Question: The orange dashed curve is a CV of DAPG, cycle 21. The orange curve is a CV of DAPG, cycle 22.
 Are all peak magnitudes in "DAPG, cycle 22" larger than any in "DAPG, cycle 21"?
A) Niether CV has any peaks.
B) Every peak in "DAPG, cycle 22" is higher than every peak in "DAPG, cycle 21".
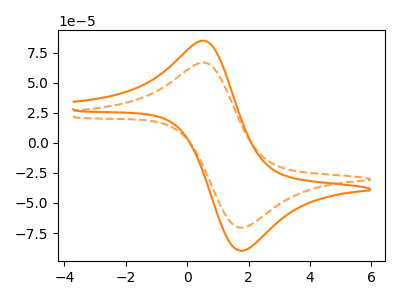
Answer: <think>The orange dashed curve "DAPG, cycle 21" has an anodic peak at (0.60V, 66.70uA) and a cathodic peak at (1.75V, -70.55uA). The orange curve "DAPG, cycle 22" has an anodic peak at (0.60V, 84.80uA) and a cathodic peak at (1.75V, -89.75uA).</think>
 <answer>B) Every peak in "DAPG, cycle 22" is higher than every peak in "DAPG, cycle 21".</answer>
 <eval>B</eval>